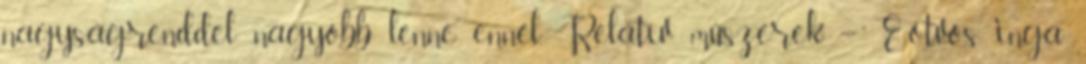
nagyságrenddel nagyobb lenne ennél. Relatív műszerek – Eötvös inga